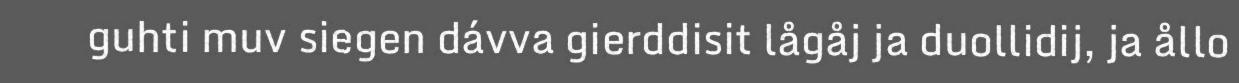
guhti muv siegen dávva gierddisit lågåj ja duollidij, ja ållo